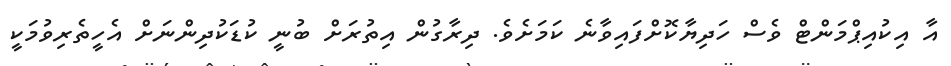
އާ އިކުއިޕްމަންޓް ވެސް ހަދިޔާކޮށްފައިވާނެ ކަމަށެވެ. ދިރާގުން އިތުރަށް ބުނީ ކުޑަކުދިންނަށް އެހީތެރިވުމަކީ